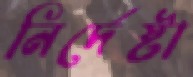
নির্দেষ্টা